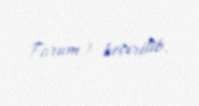
Forum) keçirilib.